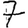
Digit: 7